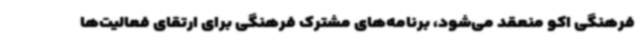
فرهنگی اکو منعقد می‌شود، برنامه‌های مشترک فرهنگی برای ارتقای فعالیت‌ها